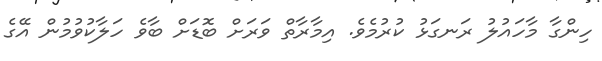
ހިންގާ މާހައުލު ރަނގަޅު ކުރުމެވެ. އިމާރާތް ވަރަށް ބޮޑަށް ބާވެ ހަލާކުވުމުން އޭގެ